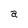
Character: a